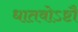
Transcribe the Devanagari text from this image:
धातवोऽष्टौ